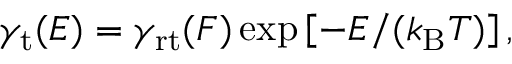
\begin{array} { r } { \gamma _ { \mathrm { t } } ( E ) = \gamma _ { \mathrm { r t } } ( F ) \exp \left[ - E / ( k _ { \mathrm { B } } T ) \right] , } \end{array}